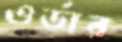
ওর্ডার